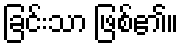
ခြင်းသာ ဖြစ်၏။